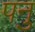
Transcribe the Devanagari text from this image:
पनु